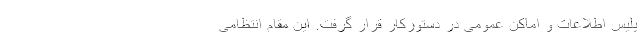
پلیس اطلاعات و اماکن عمومی در دستورکار قرار گرفت. این مقام انتظامی